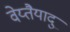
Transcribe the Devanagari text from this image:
वेय्तैयादु